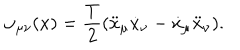
LaTeX: \omega _ { \mu \nu } ( x ) = { \frac { T } { 2 } } ( \ddot { x } _ { \mu } \dot { x } _ { \nu } - \dot { x } _ { \mu } \ddot { x } _ { \nu } ) .